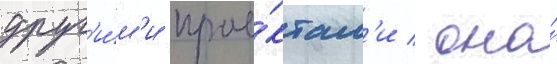
друг'и́м'и прое́ктам'и / она́